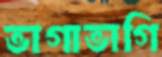
ভাগাভাগি